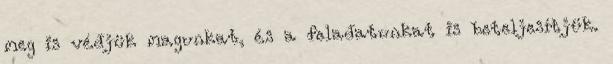
meg is védjük magunkat, és a feladatunkat is beteljesítjük.